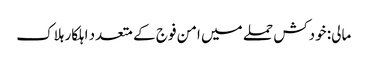
مالی: خودکش حملے میں امن فوج کے متعدد اہلکار ہلاک